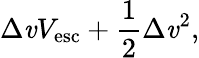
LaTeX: \Delta\mathit{v}V_{\mathrm{{esc}}}+{\frac{{1}}{{2}}}\Delta\mathit{v}^{2},